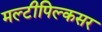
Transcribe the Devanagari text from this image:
मल्टीपिल्कसर